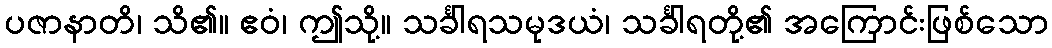
ပဇာနာတိ၊ သိ၏။ ဧဝံ၊ ဤသို့။ သင်္ခါရသမုဒယံ၊ သင်္ခါရတို့၏ အကြောင်းဖြစ်သော